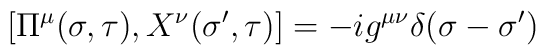
\left[\Pi^\mu(\sigma,\tau), X^\nu(\sigma', \tau)\right]=-ig^{\mu\nu}\delta(\sigma-\sigma')